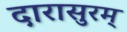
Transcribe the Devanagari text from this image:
दारासुरम्